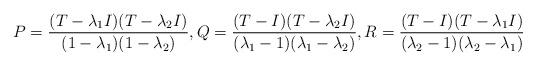
LaTeX: \begin{align*}P = \frac{(T - \lambda_{1}I) (T - \lambda_2I)}{(1 - \lambda_1)(1 - \lambda_2)}, Q = \frac{(T - I)(T - \lambda_2I)}{(\lambda_1 - 1)(\lambda_1 - \lambda_2)}, R = \frac{(T - I)(T - \lambda_1 I)}{(\lambda_2 - 1)(\lambda_2 - \lambda_1)}\end{align*}